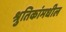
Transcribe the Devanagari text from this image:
श्रुतिकांमधील